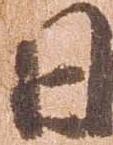
日